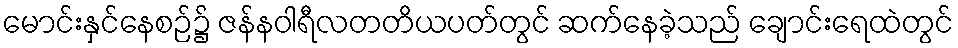
မောင်းနှင်နေစဉ်၌ ဇန်နဝါရီလတတိယပတ်တွင် ဆက်နေခဲ့သည် ချောင်းရေထဲတွင်